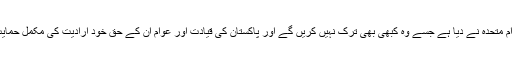
سچ تو یہ ہے کہ کشمیریوں کوحق خود ارادیت اقوام متحدہ نے دیا ہے جسے وہ کبھی بھی ترک نہیں کریں گے اور پاکستان کی قیادت اور عوام ان کے حق خود ارادیت کی مکمل حمایت کے اپنے عہد سے کبھی پیچھے نہیں ہٹیں گے۔